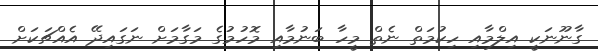
ގާނޫނަކީ އިލްމާއި ހިކުމަތް ނެތް މީހާ ބަނުމާއި މޮހުމުގެ މަގާމަށް ނަގައިދޭ އެއްޗަކަށް